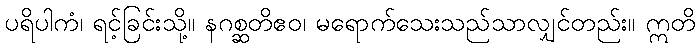
ပရိပါကံ၊ ရင့်ခြင်းသို့။ နဂစ္ဆတိဧဝ၊ မရောက်သေးသည်သာလျှင်တည်း။ ဣတိ